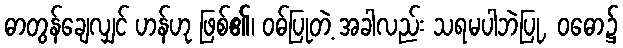
ဓာတွန်ချေလျှင် ဟန်ဟု ဖြစ်၏၊ ဝဓ်ပြုတဲ့ အခါလည်း သရမပါဘဲပြု, ဝဓော၌